NAE_ERA_R-2324_Eesti_Vabariigi_Pohiseaduslik_Assamblee, lk 22
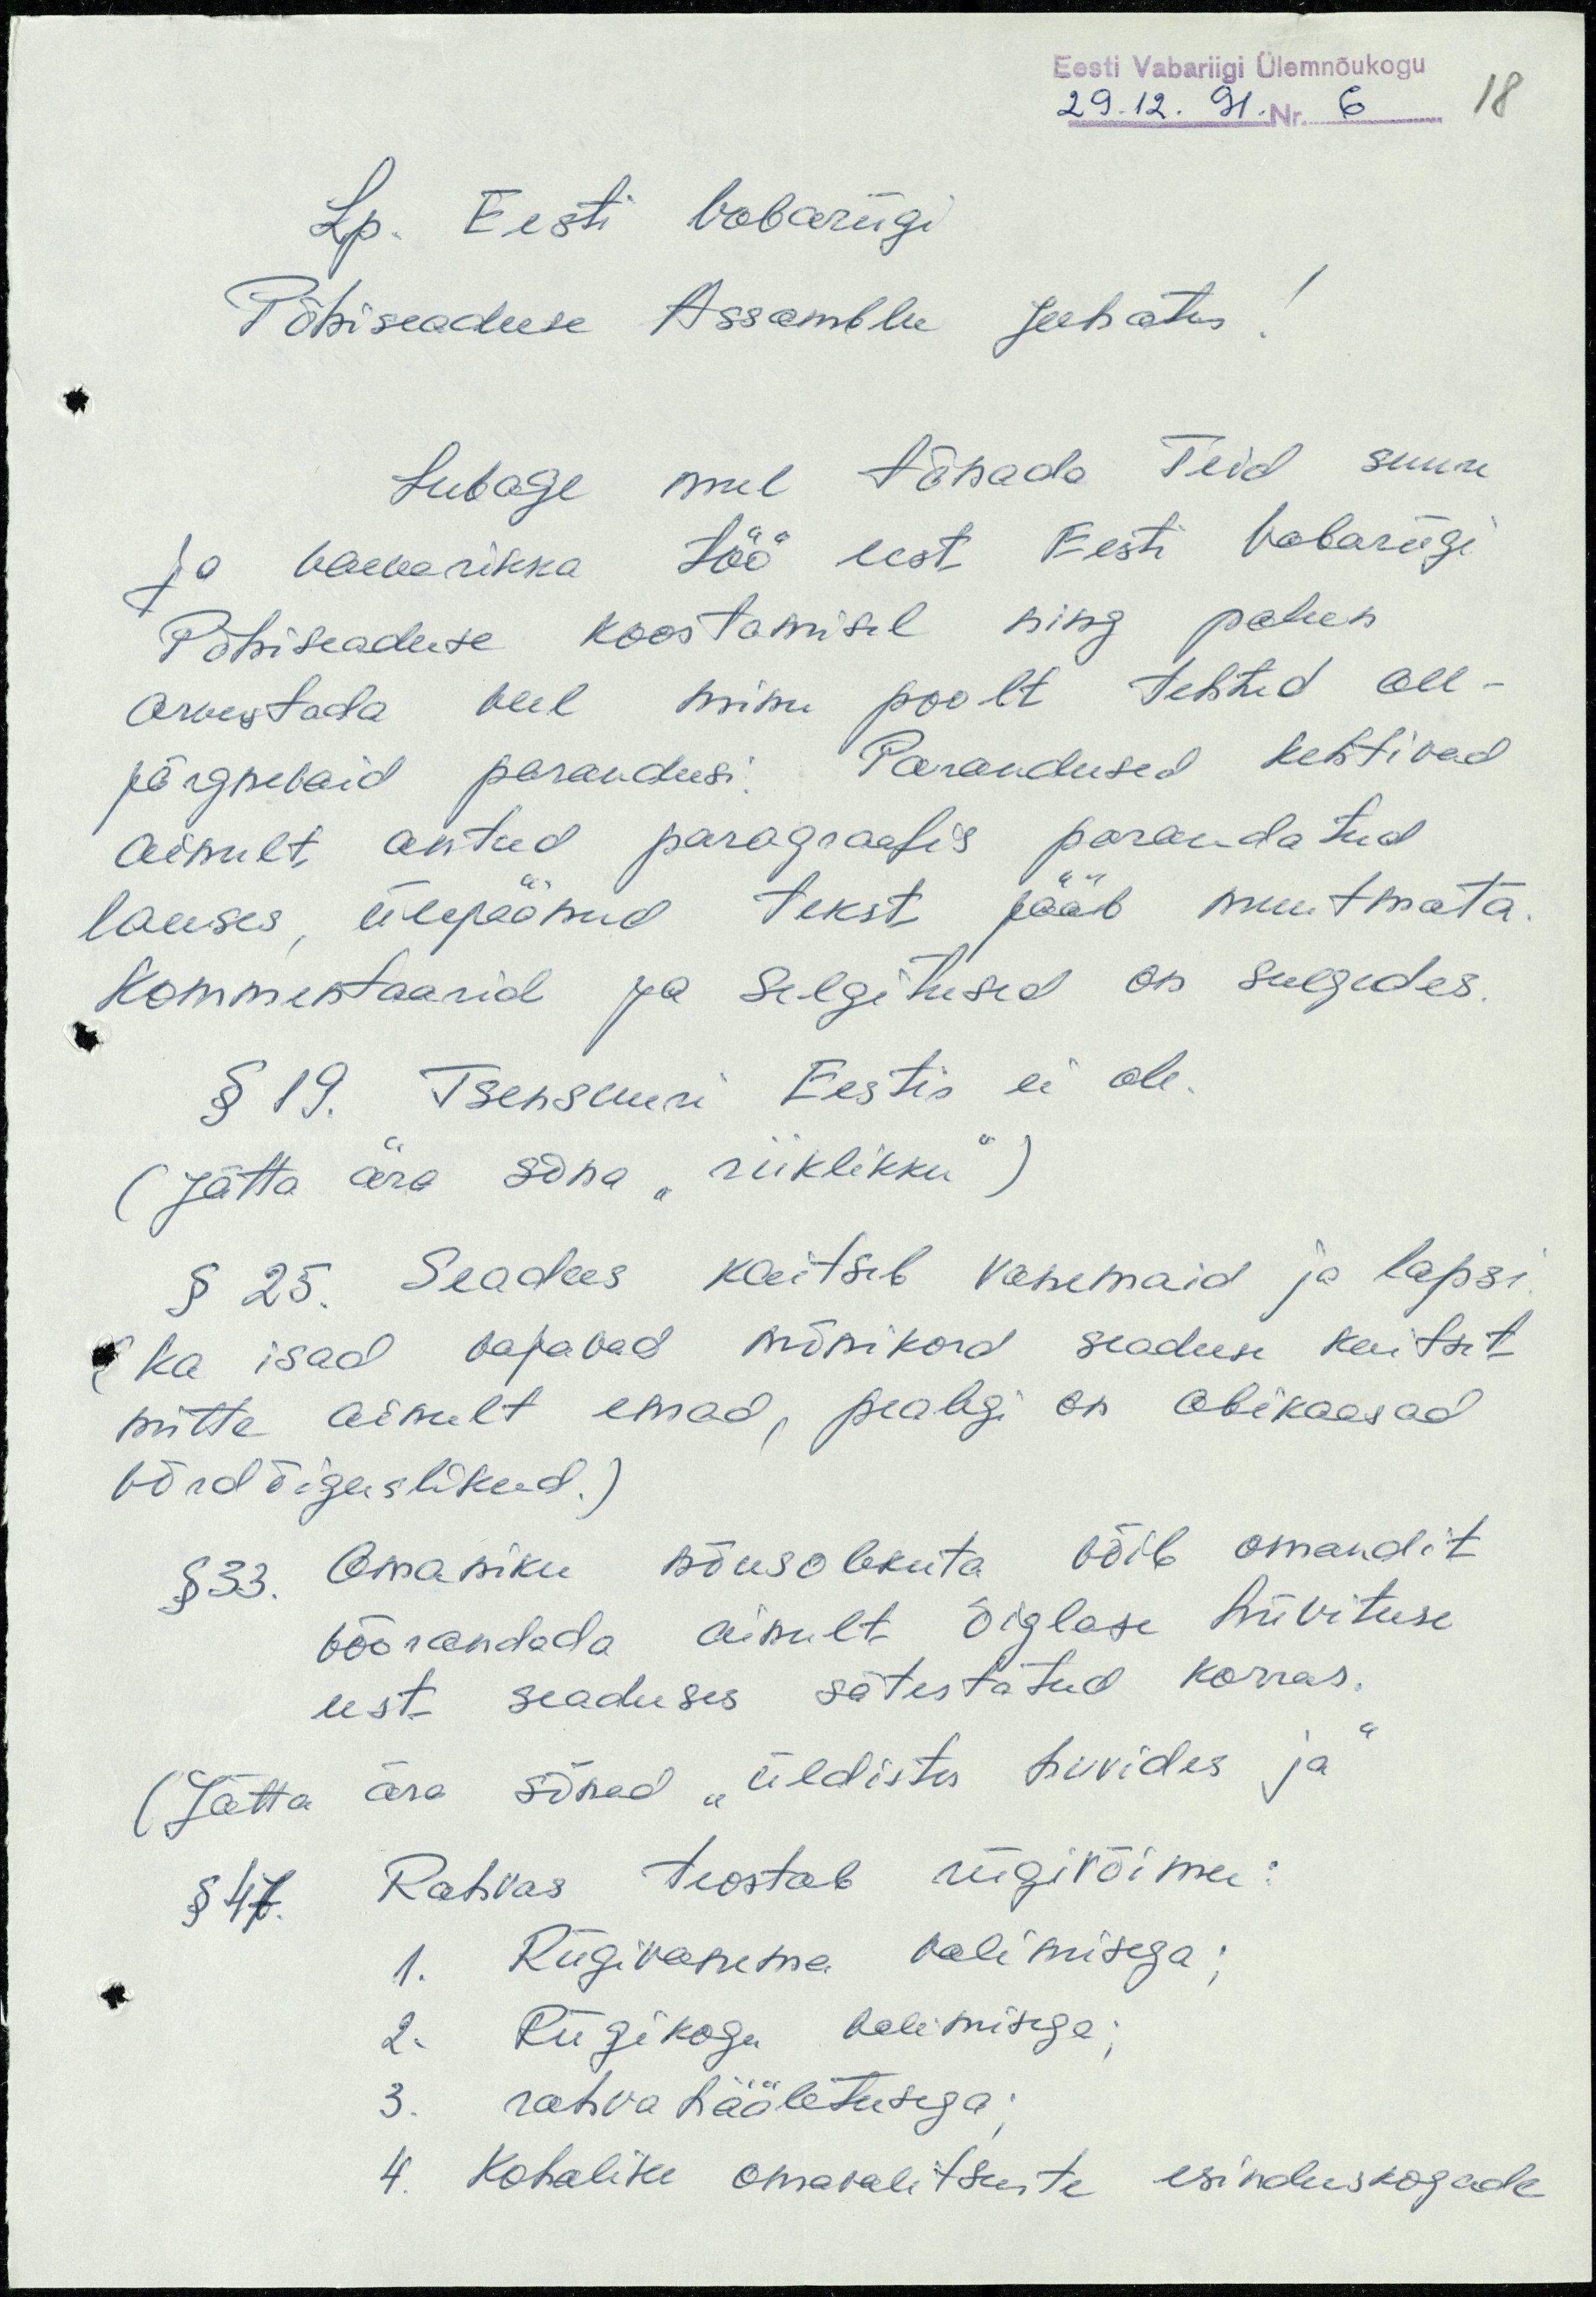
Eesti Vabariigi Ülemnõukogu
29.12. 91. Nr. 6
18
Lp. Eesti Vabariigi
Põhiseaduse Assamblee Juhatus!
Lubage mul tänada Teid suure
ja vaevarikka töö eest Eesti Vabariigi
Põhiseaduse koostamisel ning palun
arvestada veel minu poolt tehtud all-
järgnevaid parandusi. Parandused kehtivad
ainult antud paragraafis parandatud
lauses, ülejäänud tekst jääb muutmata.
Kommentaarid ja selgitused on sulgudes.
§ 19. Tsensuuri Eestis ei ole.
(Jätta ära sõna "riiklikku")
§ 25. Seadus kaitseb vanemaid ja lapsi.
(ka isad vajavad mõnikord seaduse kaitset
mitte ainult emad, pealegi on abikaasad
võrdõiguslikud.)
§ 33. Omaniku nõusolekuta võib omandit
võõrandada ainult õiglase hüvituse
eest seaduses sätestatud korras.
(Jätta ära sõnad "üldistes huvides ja"
§ 47. Rahvas teostab riigivõimu:
1. Riigivanema valimisega;
2. Riigikogu valimisega;
3. rahvahääletusega;
4. Kohalike omavalitsuste esinduskogude